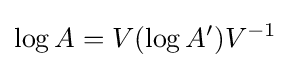
\log A=V(\log A')V^{-1}